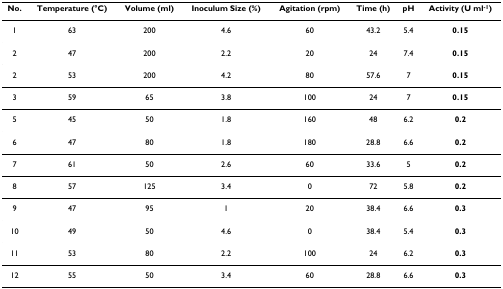
| No. | Temperature (°C) | Volume (ml) | Inoculum Size (%) | Agitation (rpm) | Time (h) | pH | Activity (U ml-1) |
 | --- | --- | --- | --- | --- | --- | --- | --- |
 | 1 | 63 | 200 | 4.6 | 60 | 43.2 | 5.4 | 0.15 |
 | 2 | 47 | 200 | 2.2 | 20 | 24 | 7.4 | 0.15 |
 | 2 | 53 | 200 | 4.2 | 80 | 57.6 | 7 | 0.15 |
 | 3 | 59 | 65 | 3.8 | 100 | 24 | 7 | 0.15 |
 | 5 | 45 | 50 | 1.8 | 160 | 48 | 6.2 | 0.2 |
 | 6 | 47 | 80 | 1.8 | 180 | 28.8 | 6.6 | 0.2 |
 | 7 | 61 | 50 | 2.6 | 60 | 33.6 | 5 | 0.2 |
 | 8 | 57 | 125 | 3.4 | 0 | 72 | 5.8 | 0.2 |
 | 9 | 47 | 95 | 1 | 20 | 38.4 | 6.6 | 0.3 |
 | 10 | 49 | 50 | 4.6 | 0 | 38.4 | 5.4 | 0.3 |
 | 11 | 53 | 80 | 2.2 | 100 | 24 | 6.2 | 0.3 |
 | 12 | 55 | 50 | 3.4 | 60 | 28.8 | 6.6 | 0.3 |